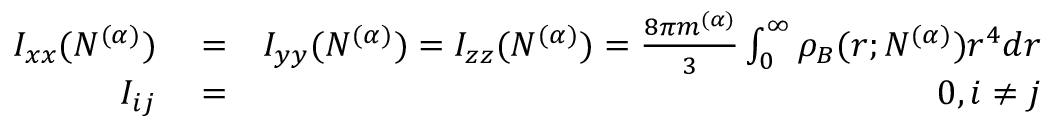
\begin{array} { r l r } { I _ { x x } ( N ^ { ( \alpha ) } ) } & { { } = } & { I _ { y y } ( N ^ { ( \alpha ) } ) = I _ { z z } ( N ^ { ( \alpha ) } ) = \frac { 8 \pi m ^ { ( \alpha ) } } { 3 } \int _ { 0 } ^ { \infty } \rho _ { B } ( r ; N ^ { ( \alpha ) } ) r ^ { 4 } d r } \\ { I _ { i j } } & { { } = } & { 0 , i \ne j } \end{array}